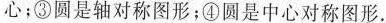
心；③圆是轴对称图形；④圆是中心对称图形。